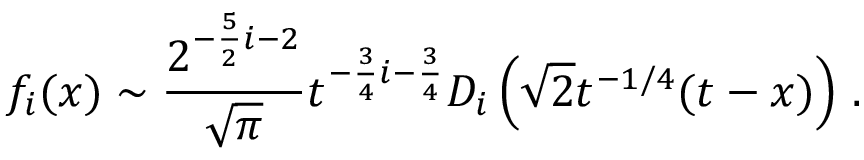
f _ { i } ( x ) \sim { \frac { 2 ^ { - { \frac { 5 } { 2 } } i - 2 } } { \sqrt \pi } } t ^ { - { \frac { 3 } { 4 } } i - { \frac { 3 } { 4 } } } D _ { i } \left( \sqrt { 2 } t ^ { - 1 / 4 } ( t - x ) \right) \, .